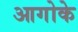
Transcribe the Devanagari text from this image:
आगोके